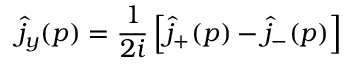
\hat { j } _ { y } ( p ) = \frac { 1 } { 2 i } \left[ \hat { j } _ { + } ( p ) - \hat { j } _ { - } ( p ) \right]